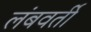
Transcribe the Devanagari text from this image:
लंबवर्ती